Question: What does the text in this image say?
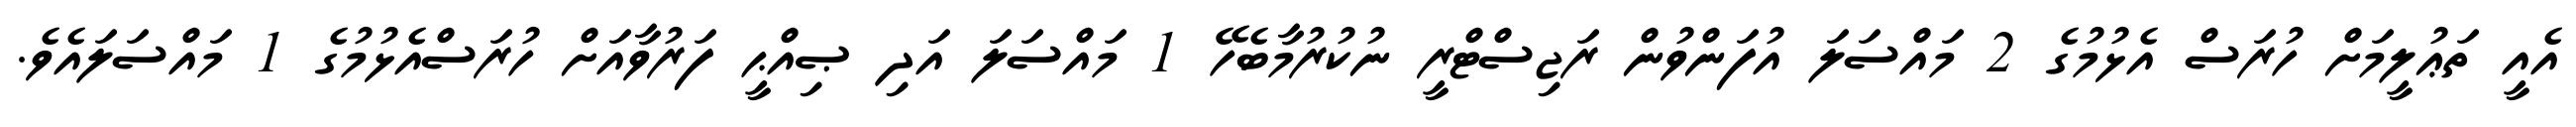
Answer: އެއީ ތަޢުލީމަށް ހުރަސް އެޅުމުގެ 2 މައްސަލަ އުފަންވުން ރަޖިސްޓްރީ ނުކުރުމާބެހޭ 1 މައްސަލަ އަދި ޞިއްޙީ ފަރުވާއަށް ހުރަސްއެޅުމުގެ 1 މައްސަލައެވެ.